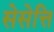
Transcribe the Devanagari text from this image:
सेसेत्ति